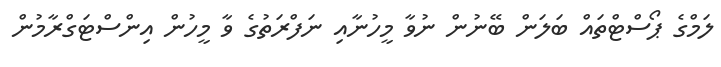
ލަމްގެ ޕޯސްޓްތައް ބަލަން ބޭނުން ނުވާ މީހުނާއި ނަފްރަތުގެ ވާ މީހުން އިންސްޓަގްރާމުން